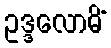
ဥဒ္ဒလောမိံ